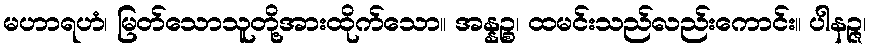
မဟာရဟံ၊ မြတ်သောသူတို့အားထိုက်သော။ အန္နဉ္စ၊ ထမင်းသည်လည်းကောင်း။ ပါနဉ္ဇ၊